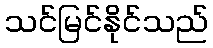
သင်မြင်နိုင်သည်